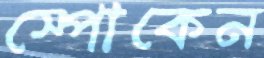
স্পোকেন